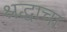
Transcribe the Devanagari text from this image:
श्रद्धाचा